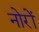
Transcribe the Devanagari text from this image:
नोरों